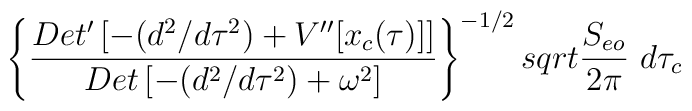
\left\{{{Det^{\prime} \left[- (d^2/d\tau^2) + V^{\prime \prime}[x_c(\tau)] \right]} \over{Det \left[- (d^2/d\tau^2) + \omega^2 \right]}}\right\}^{- 1/2} \\sqrt{{{S_{eo}} \over {2 \pi}}} \ d\tau_{c}